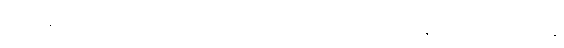
ဤအချိန်အခါမျိုး၌ မိမိသည် ရံရွေတော်ကြီးဘူရင်းကဲ့သို့ မျက်နှာထားချိုချိုထား ရန်